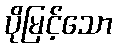
ပိုမြင့်သော